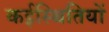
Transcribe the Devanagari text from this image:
कईस्थितियों